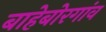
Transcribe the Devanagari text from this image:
बाहेबोरगांव